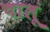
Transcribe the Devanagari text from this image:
चालूं